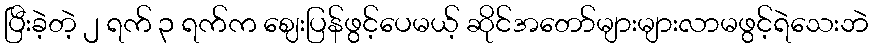
ပြီးခဲ့တဲ့ ၂ ရက် ၃ ရက်က ဈေးပြန်ဖွင့်ပေမယ့် ဆိုင်အတော်များများလာမဖွင့်ရဲသေးဘဲ